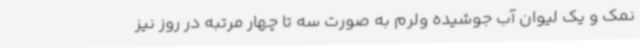
نمک و یک لیوان آب جوشیده ولرم به صورت سه تا چهار مرتبه در روز نیز